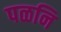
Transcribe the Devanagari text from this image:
पळनि